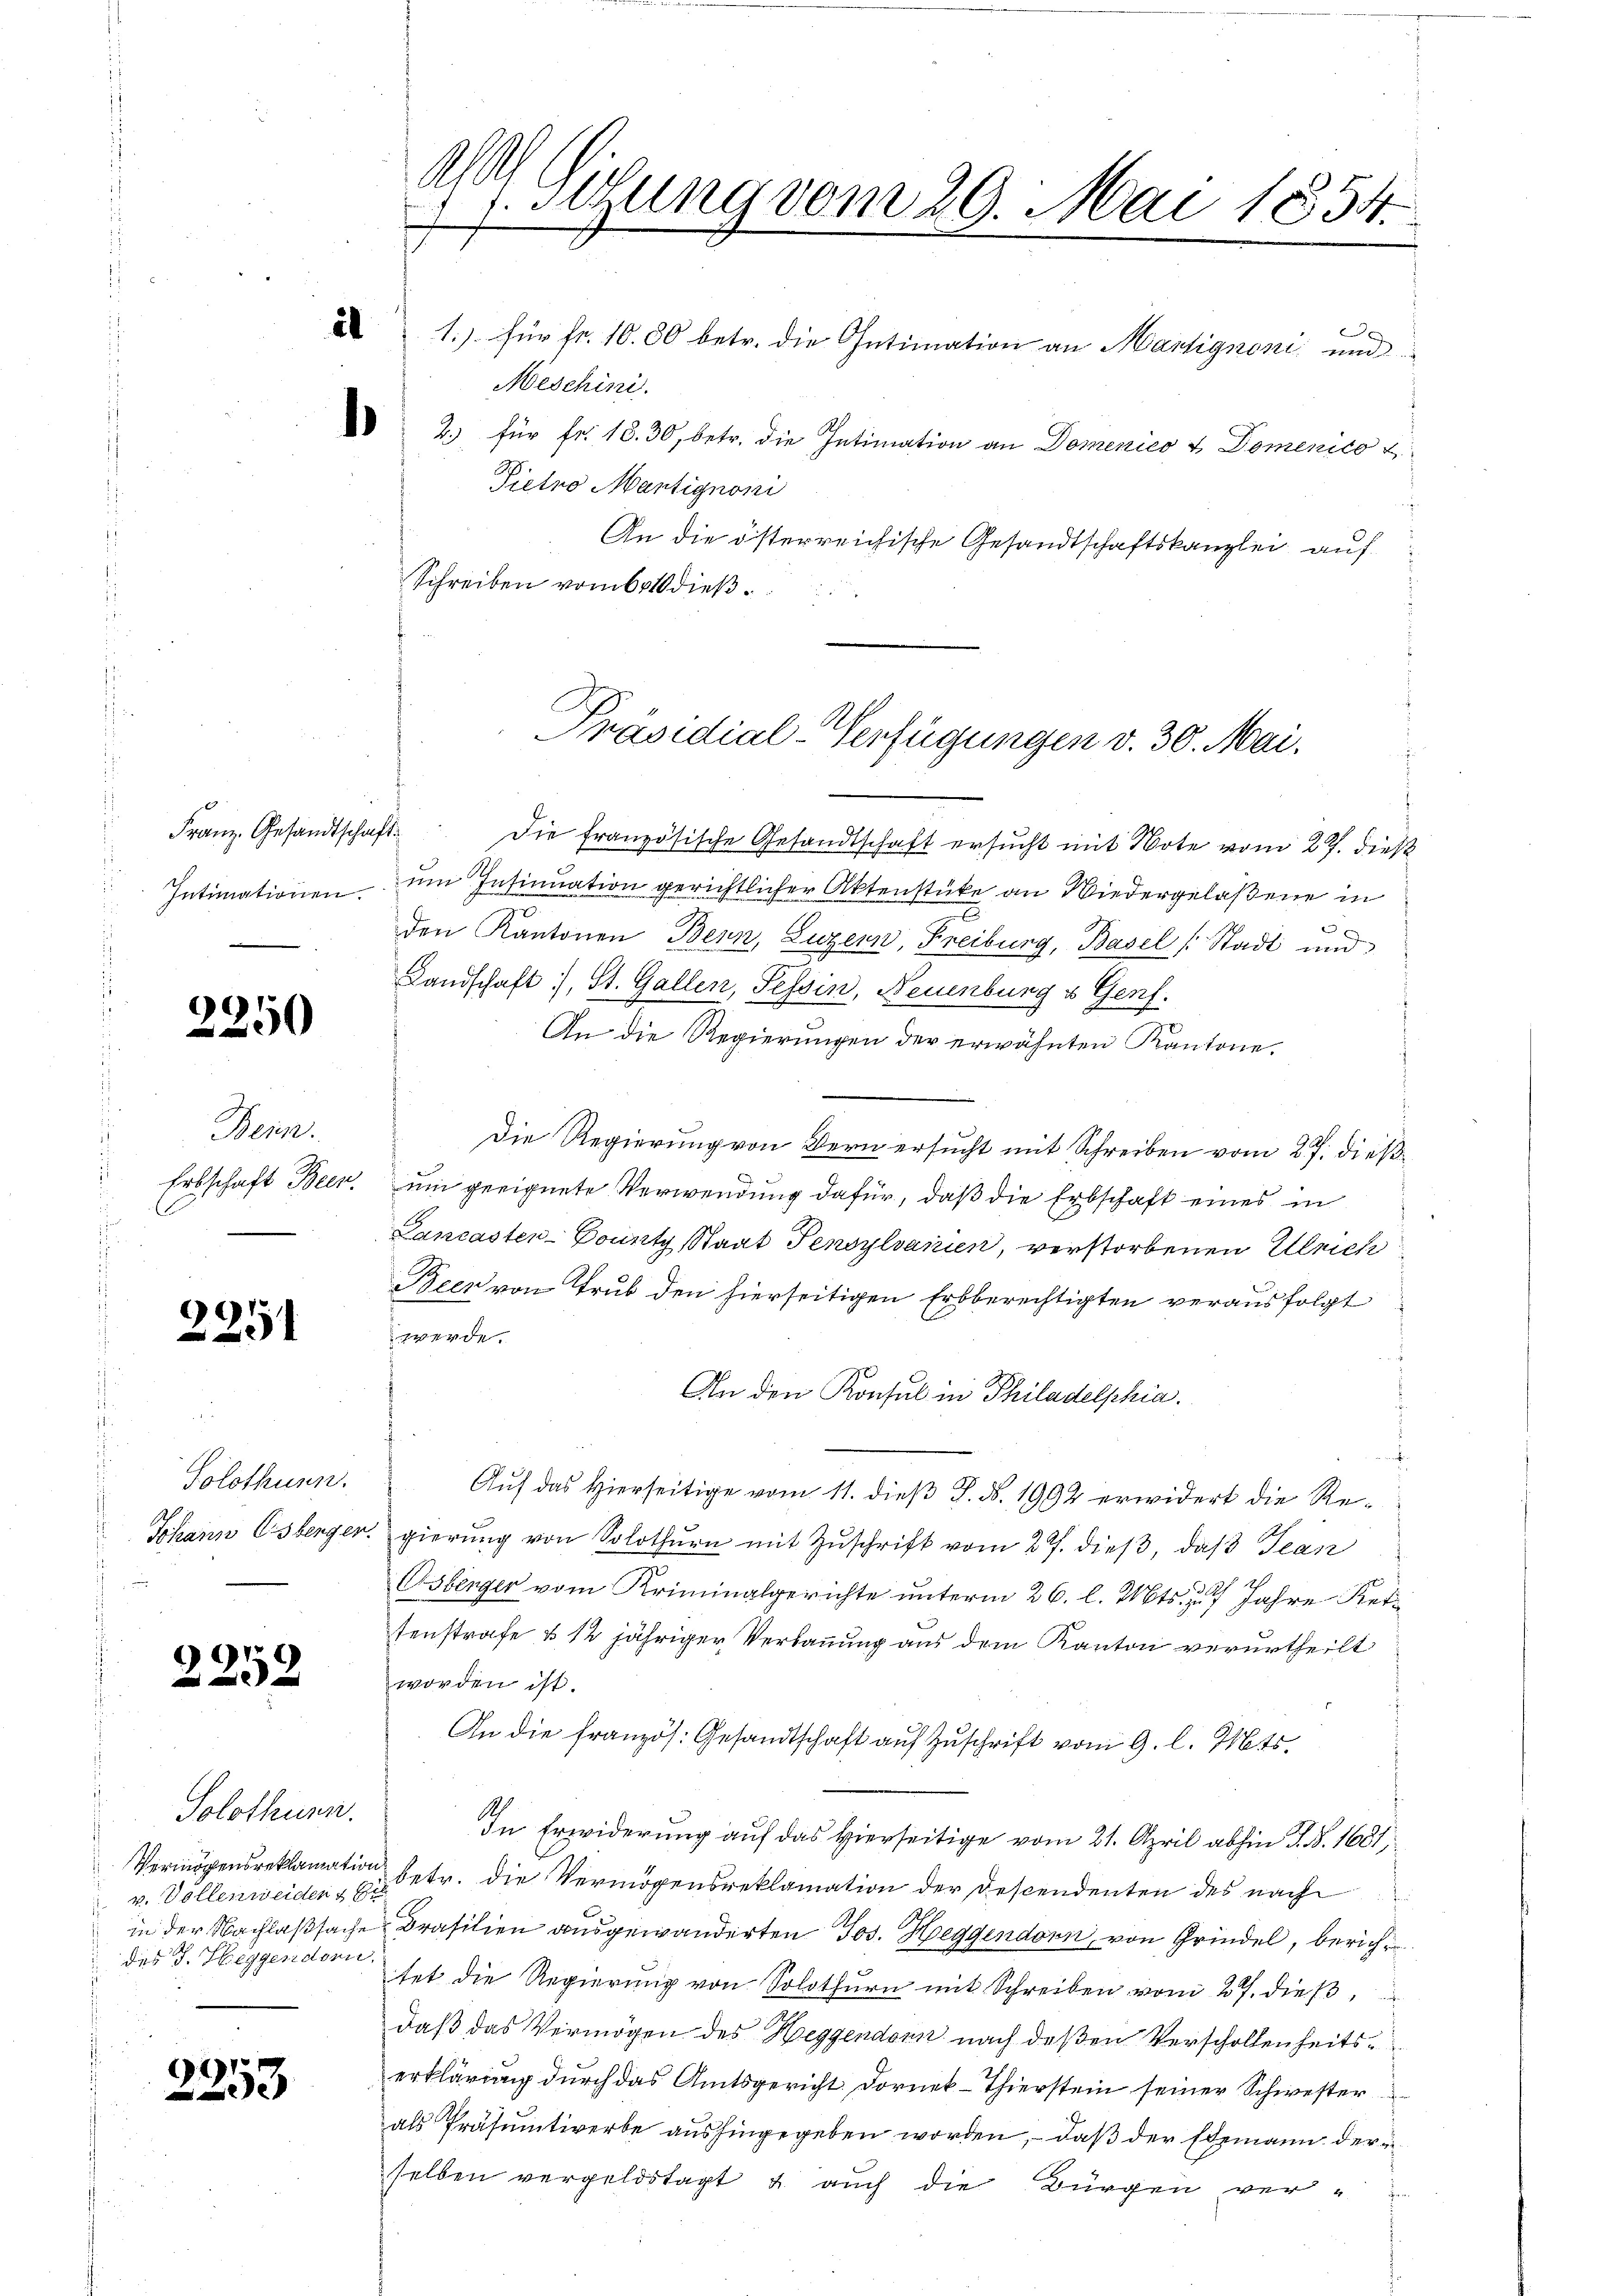
.

Franz. Gesandtschaft
Intimationen.

2250

2251

Solothurn.

69
20 x

Solothurn.
Vermögensreklamatin
v. Vollenweiden 26
in der Nachlaßsache
s
des J. Heggendorn

1
293

109.
1. Setzung vom 29. Mai 1854.
1

Bein.
Erbschaft Been.

1.) für Fr. 1000 betr. die Intimation an Martignoni, und
Meschini.
 2.) für Fr. 18. 30, betr. die Intimation an Domenico & Domenico u
Pietro Martignoni
An die österreichische Gesandtschaftskanzlei auf
Schreiben vom bot dieß

Die französische Gesandtschaft ersucht mit Note vom 27. dieß
um Insinuation gerichtlicher Aktenstücke an Wiedergelaßene in
e
den Kantonen Bern, Luzern, Freiburg, Basel Stadt und
Landschaft, St. Gallen, Tessin, Neuenburg u Genf.
An die Regierungen der erwähnten Kantone.
Die Regierung von Bern ersucht mit Schreiben vom 27. dießum geeignete Verwendung dafür, daß die Erbschaft eines in
Lancasten-County Staat Pensylvanien, verstorbenen Ulrich
Beer von Trub den hierseitigen Erbberechtigten verausfolgt
werde.
An den Konsul in Philadelphia.
.
Auf das Hierseitige vom 11. dieß P. Nr. 1992 erwidert die Re¬
Schann Csberger, gierung von Solothurn mit Zuschrift vom 27. dieß, daß Jean
Osberger vom Kriminalgerichte unterm 26. l. Mts. zu Jahre Ketfenstrafe & 12 jähriger Verbauung aus dem Kanton verurtheilt
worden ist.
An die französ. Gesandtschaft auf Zuschrift vom 9. l. Mts.
In Erwiderung auf das Hierseitige vom 21. April abhin d. S. 1681,
 betr. die Vermögensreklamation der Descendenten des nach
e Brasilien ausgewanderten Jos. Heggendorn von Grinde, berichtet die Regierung von Solothurn mit Schreiben vom 27. dieß,
daß das Vermögen des Heggendenn nach deßen Verschollenheitserklärung durch das Amtsgericht. Dornek-Thierstein seiner Schwester
als Präsumtiverbe aushingegeben worden, – daß der Ehemann der i
selben vergeldstagt & auch die Bürgen ver-

Präsidial-Verfügungen v. 30. Mai.

g